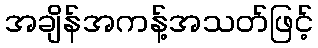
အချိန်အကန့်အသတ်ဖြင့်